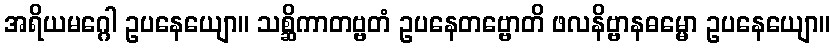
အရိယမဂ္ဂေါ ဥပနေယျော။ သစ္ဆိကာတဗ္ဗတံ ဥပနေတဗ္ဗောတိ ဖလနိဗ္ဗာနဓမ္မော ဥပနေယျော။